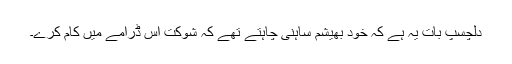
دلچسپ بات یہ ہے کہ خود بھیشم ساہنی چاہتے تھے کہ شوکت اس ڈرامے میں کام کرے۔